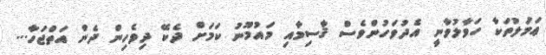
ޢަމަލުތަކާ ހަވާލުވާނީ އެދުވަހުންވެސް ޤާސިމާއި މައުމޫނު ކަމަށް ދެކޭ ދިވެހިން ދެން އަތްޖަހާ...